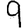
Digit: 9